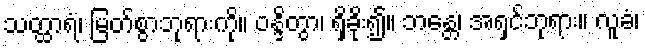
သတ္ထာရံ၊ မြတ်စွာဘုရားကို။ ဝန္ဒိတွာ၊ ရှိခိုး၍။ ဘန္တေ၊ အရှင်ဘုရား။ လူခံ၊